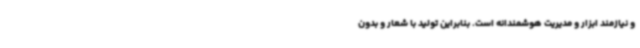
و نیازمند ابزار و مدیریت هوشمندانه است. بنابراین تولید با شعار و بدون